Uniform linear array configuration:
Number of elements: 32
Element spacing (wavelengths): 0.75
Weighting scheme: exponential
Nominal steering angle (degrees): -30
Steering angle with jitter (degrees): -28.846
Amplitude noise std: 0.05
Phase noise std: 0.05

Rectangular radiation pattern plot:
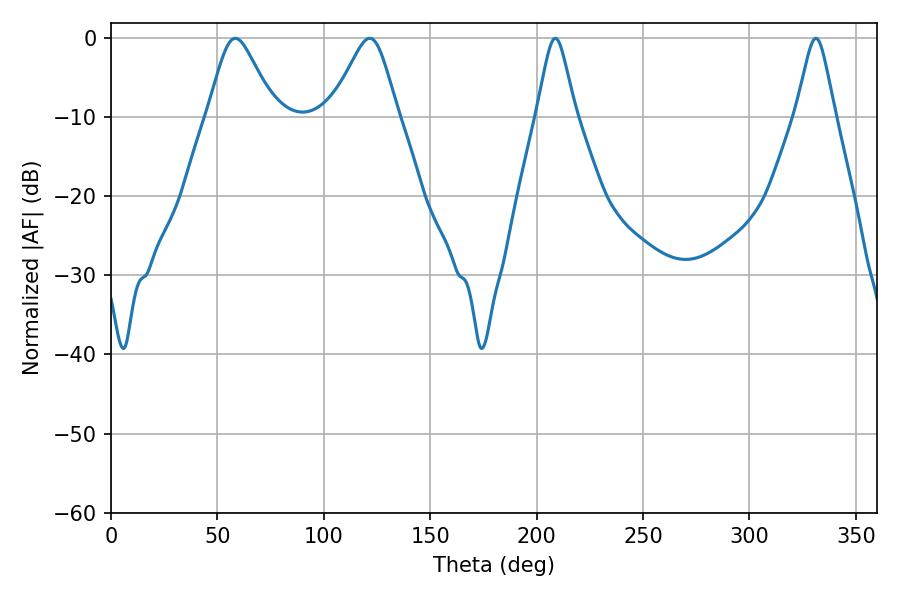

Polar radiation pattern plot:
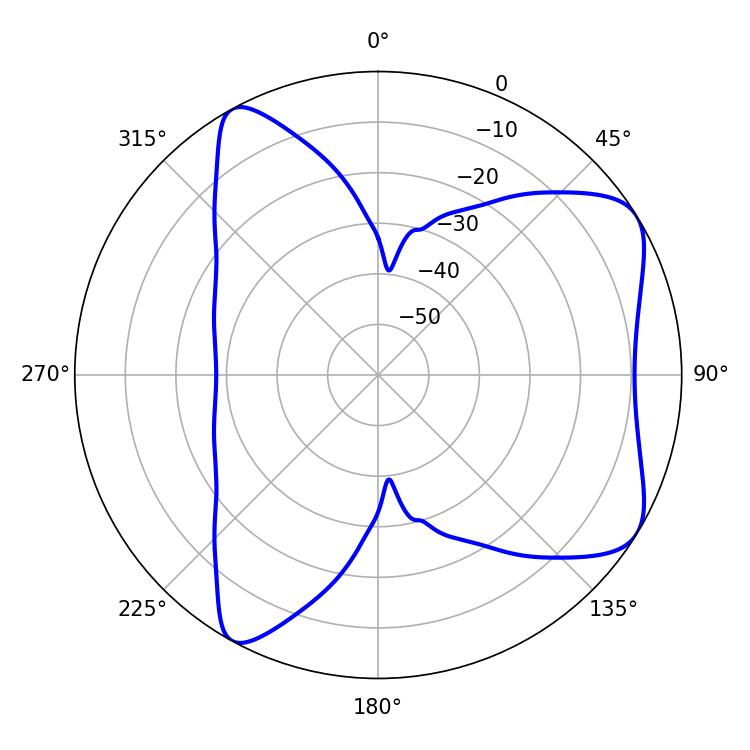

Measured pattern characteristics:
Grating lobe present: TRUE
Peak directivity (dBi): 6.987
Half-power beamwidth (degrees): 8.82
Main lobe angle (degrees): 208.8